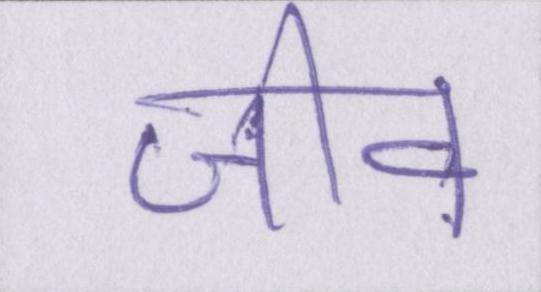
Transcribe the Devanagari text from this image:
जीव